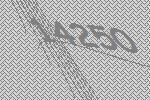
14250